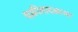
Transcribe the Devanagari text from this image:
चक्रीवादळाचा